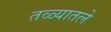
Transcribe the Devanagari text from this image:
तळ्यातले